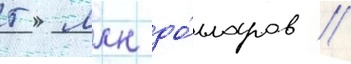
5 млн до́лларов //